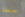
حصة